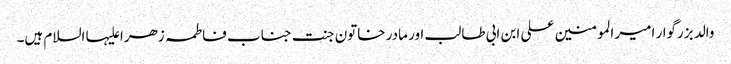
والد بزرگوار امیر المومنین علی ابن ابی طالب اور مادر خاتون جنت جناب فاطمہ زھرا علیہا السلام ہیں۔